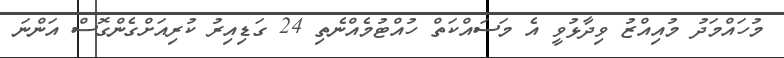
މުހައްމަދު މުއިއްޒު ވިދާޅުވީ އެ މަސައްކަތް ހުއްޓުމެއްނެތި 24 ގަޑިއިރު ކުރިއަށްގެންގޮސް އަންނަ